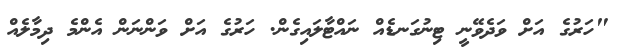
"ހަރުގެ އަށް ވަދެވޭނީ ޓިނުގަނޑެއް ނައްޓާލައިގެން. ހަރުގެ އަށް ވަންނަން އެންމެ ދިމާލެއް